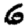
Digit: 6